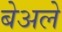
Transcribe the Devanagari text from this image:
बेअले